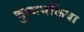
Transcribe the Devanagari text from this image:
चुम्वभकिया